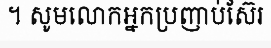
។ សូមលោកអ្នកប្រញាប់ស៊ែរ